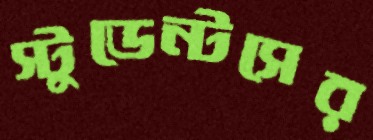
স্টুডেন্টসের